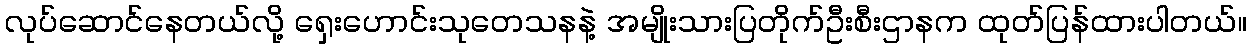
လုပ်ဆောင်နေတယ်လို့ ရှေးဟောင်းသုတေသနနဲ့ အမျိုးသားပြတိုက်ဦးစီးဌာနက ထုတ်ပြန်ထားပါတယ်။